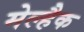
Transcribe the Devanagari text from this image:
मेल्हैक